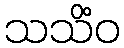
သသိံဝ